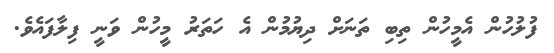
ފުލުހުން އެމީހުން ތިބި ތަނަށް ދިޔުމުން އެ ހަތަރު މީހުން ވަނީ ފިލާފައެވެ.